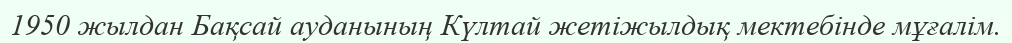
1950 жылдан Бақсай ауданының Күлтай жетіжылдық мектебінде мұғалім.